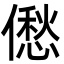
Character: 僽